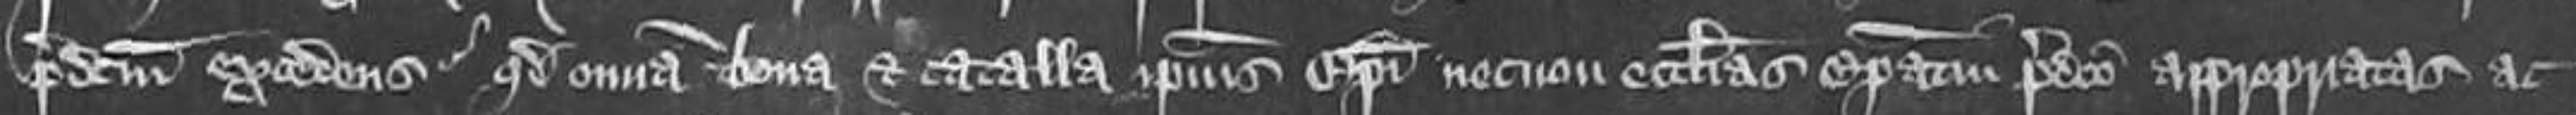
predictum excedens quod omnia bona et catalla ipsius episcopi necnon ecclesias episcopatui predicto appropriatas ac